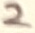
Text: 2